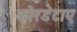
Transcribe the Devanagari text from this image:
कोरडेटाए